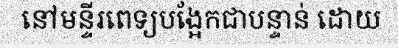
នៅមន្ទីរពេទ្យបង្អែកជាបន្ទាន់ ដោយ